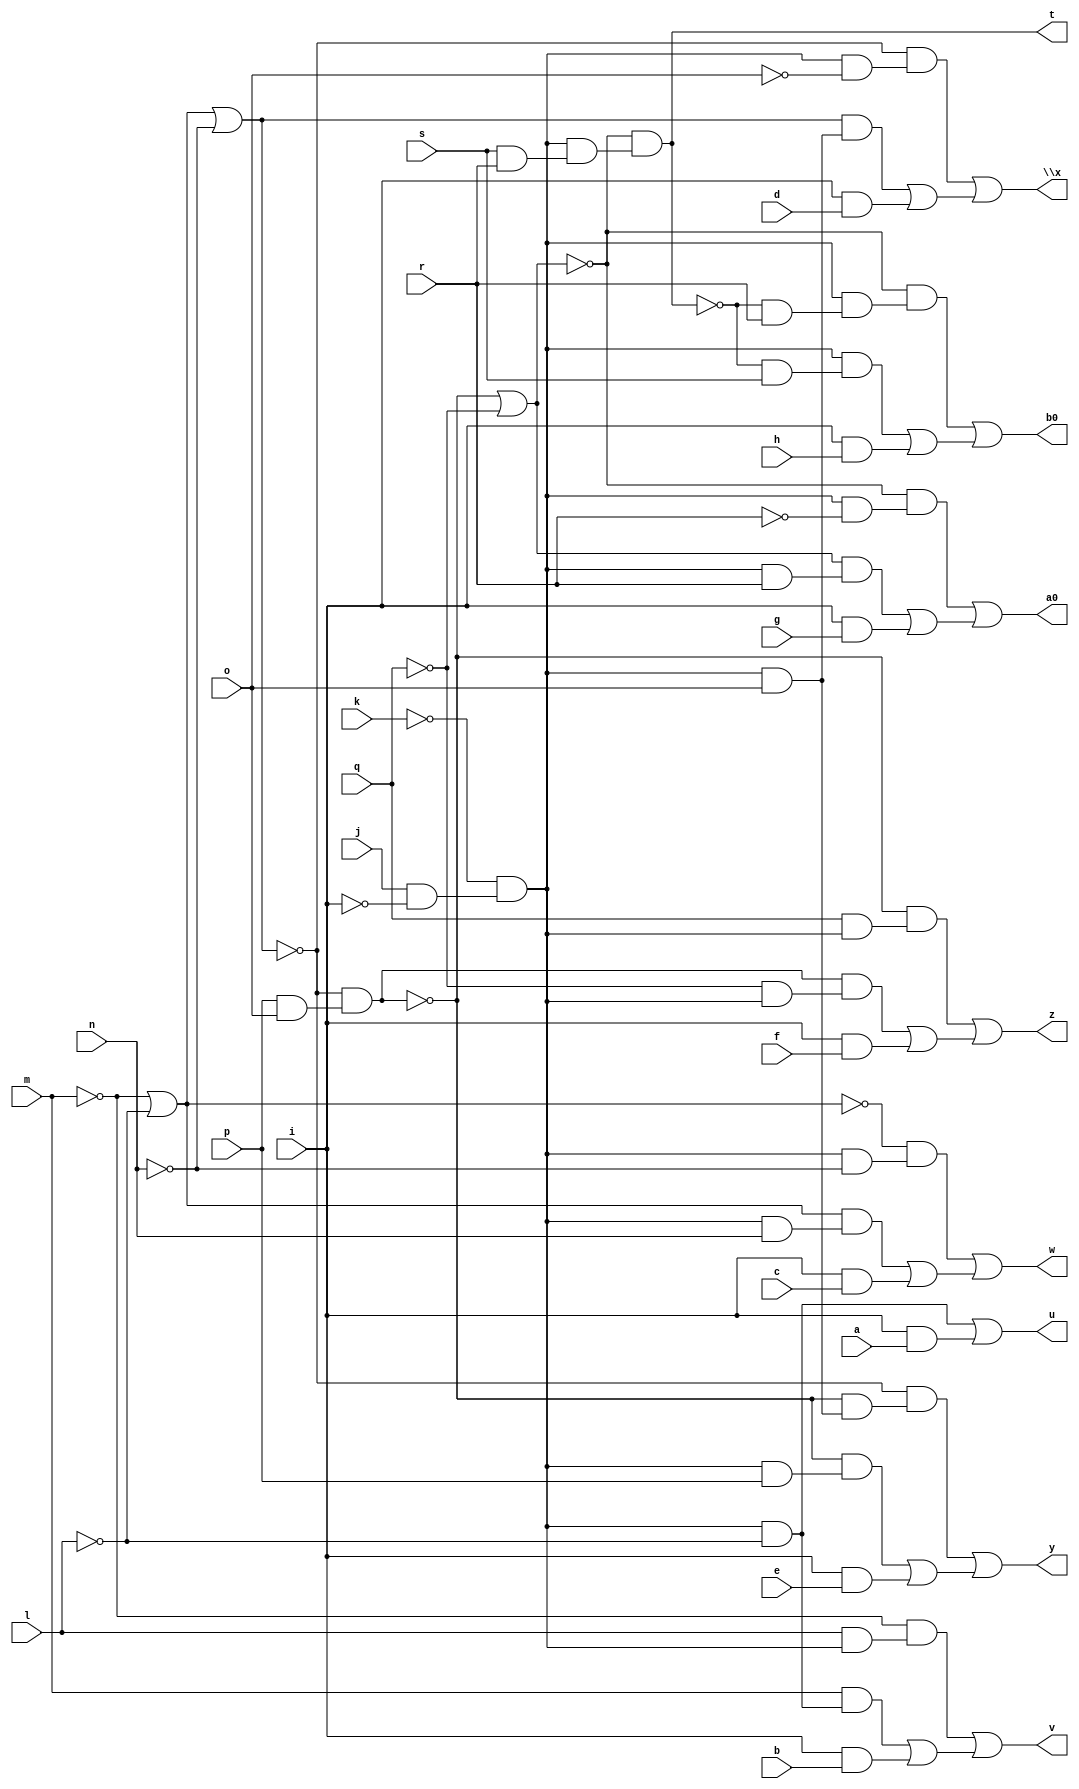
// IWLS benchmark module "pcle_cl" printed on Wed May 29 17:28:07 2002
module pcle_cl(a, b, c, d, e, f, g, h, i, j, k, l, m, n, o, p, q, r, s, t, u, v, w, \x , y, z, a0, b0);
input
  a,
  b,
  c,
  d,
  e,
  f,
  g,
  h,
  i,
  j,
  k,
  l,
  m,
  n,
  o,
  p,
  q,
  r,
  s;
output
  t,
  u,
  v,
  w,
  \x ,
  y,
  z,
  a0,
  b0;
wire
  \[7] ,
  \[8] ,
  \[9] ,
  \[10] ,
  \[0] ,
  \[11] ,
  \[1] ,
  u0,
  \[2] ,
  \[3] ,
  \[4] ,
  x0,
  \[5] ,
  \[6] ;
assign
  \[7]  = (~\[10]  & (u0 & ~r)) | ((\[10]  & (u0 & r)) | (i & g)),
  \[8]  = (~\[10]  & (u0 & (~\[0]  & r))) | ((u0 & (~\[0]  & s)) | (i & h)),
  \[9]  = ~m | ~l,
  \[10]  = ~x0 | ~q,
  \[0]  = ~\[10]  & (u0 & (s & r)),
  \[11]  = \[9]  | ~n,
  \[1]  = (u0 & ~l) | (i & a),
  u0 = ~k & (j & ~i),
  t = \[0] ,
  \[2]  = (~m & (l & u0)) | ((m & (~l & u0)) | (i & b)),
  u = \[1] ,
  v = \[2] ,
  w = \[3] ,
  \x  = \[4] ,
  y = \[5] ,
  z = \[6] ,
  \[3]  = (~\[9]  & (u0 & ~n)) | ((\[9]  & (u0 & n)) | (i & c)),
  \[4]  = (~\[11]  & (u0 & ~o)) | ((\[11]  & (u0 & o)) | (i & d)),
  a0 = \[7] ,
  x0 = ~\[11]  & (p & o),
  \[5]  = (~\[11]  & (~x0 & (u0 & o))) | ((~x0 & (u0 & p)) | (i & e)),
  b0 = \[8] ,
  \[6]  = (~x0 & (q & u0)) | ((x0 & (~q & u0)) | (i & f));
endmodule